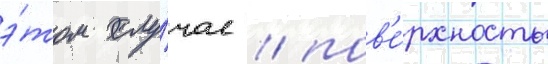
э́том слу́чае / пов'е́рхность